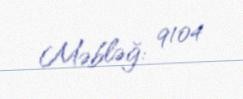
Məbləğ: 9104